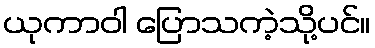
ယုကာဝါ ပြောသကဲ့သို့ပင်။